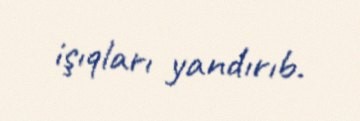
işıqları yandırıb.